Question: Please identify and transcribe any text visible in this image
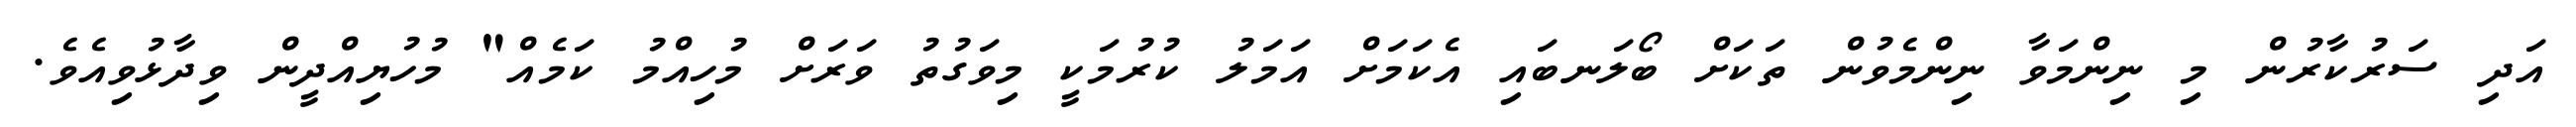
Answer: އަދި ސަރުކާރުން މި ނިންމަވާ ނިންމެވުން ތަކަށް ބޯލަނބައި އެކަމަށް އަމަލު ކުރުމަކީ މިވަގުތު ވަރަށް މުހިއްމު ކަމެއް" މުހުޔިއްދީން ވިދާޅުވިއެވެ.